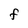
Character: F